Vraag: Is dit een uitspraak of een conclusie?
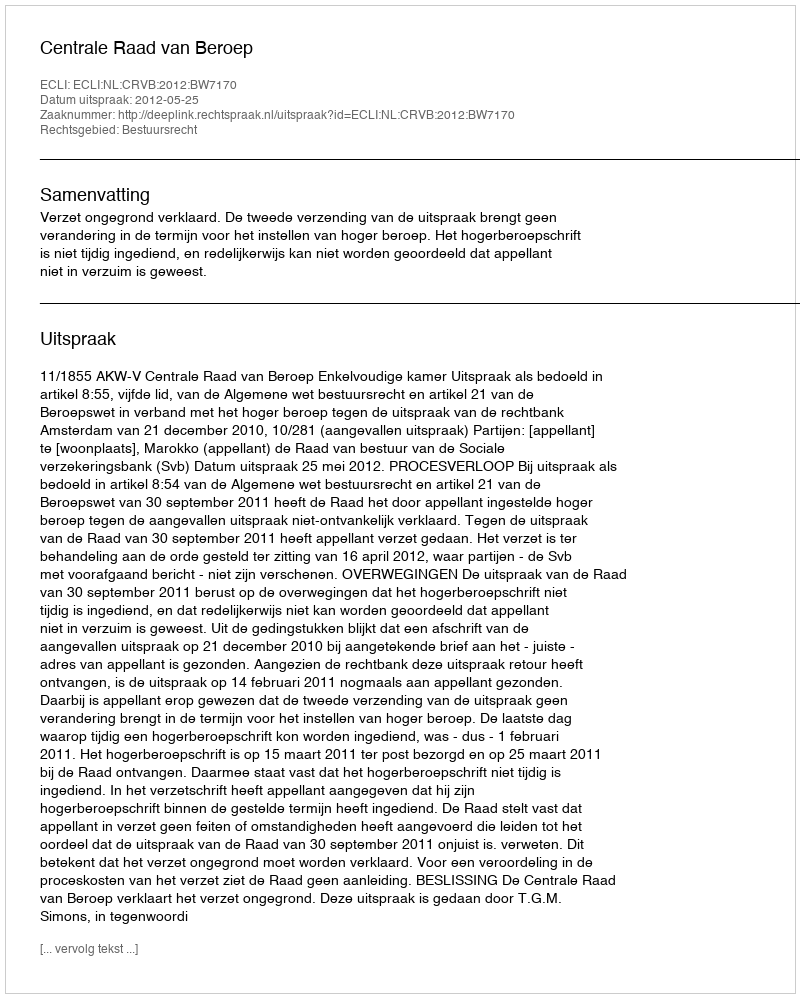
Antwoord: Uitspraak